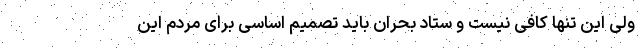
ولی این تنها کافی نیست و ستاد بحران باید تصمیم اساسی برای مردم این